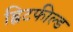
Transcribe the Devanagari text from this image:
ह्विटफील्ड